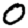
Digit: 0